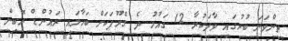
ތިންވަނަ ބުރުގައި ވާދަކުރާ 12 ގައުމު ދެ ގްރޫޕަކަށް ބަހާލައި ރައުންޑް ރޮބިން